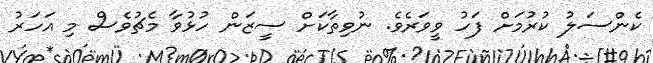
ކެންސަލު ކުރުމަށް ފަހު ވީވަރެވެ. ނުވިތާކަށް ސީޒަން ހުޅުވާ މެޗުވެސް މި އަހަރު